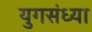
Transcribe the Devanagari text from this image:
युगसंध्या